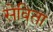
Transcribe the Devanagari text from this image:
सेविता